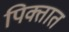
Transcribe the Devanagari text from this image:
पिक्तात